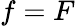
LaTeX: f=F